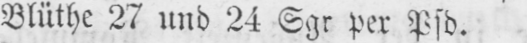
Blüthe 27 und 24 Sgr per Pfd.